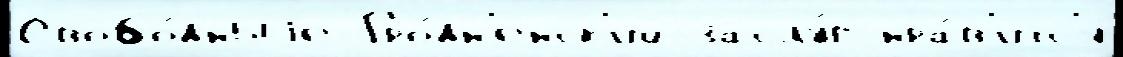
Свобо́дныjе Гро́дн'енск'ий заслу́г нра́в'итс'я